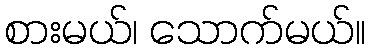
စားမယ်၊ သောက်မယ်။